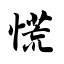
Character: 慌